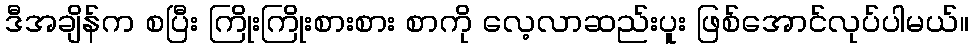
ဒီအချိန်က စပြီး ကြိုးကြိုးစားစား စာကို လေ့လာဆည်းပူး ဖြစ်အောင်လုပ်ပါမယ်။